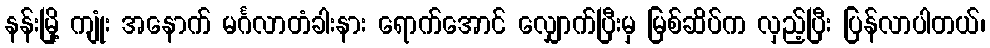
နန်းမြို့ ကျုံး အနောက် မင်္ဂလာတံခါးနား ရောက်အောင် လျှောက်ပြီးမှ မြစ်ဆိပ်က လှည့်ပြီး ပြန်လာပါတယ်၊